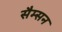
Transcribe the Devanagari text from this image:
सैम्सन